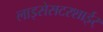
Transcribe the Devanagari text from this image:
लाइसेसटरशाईर्